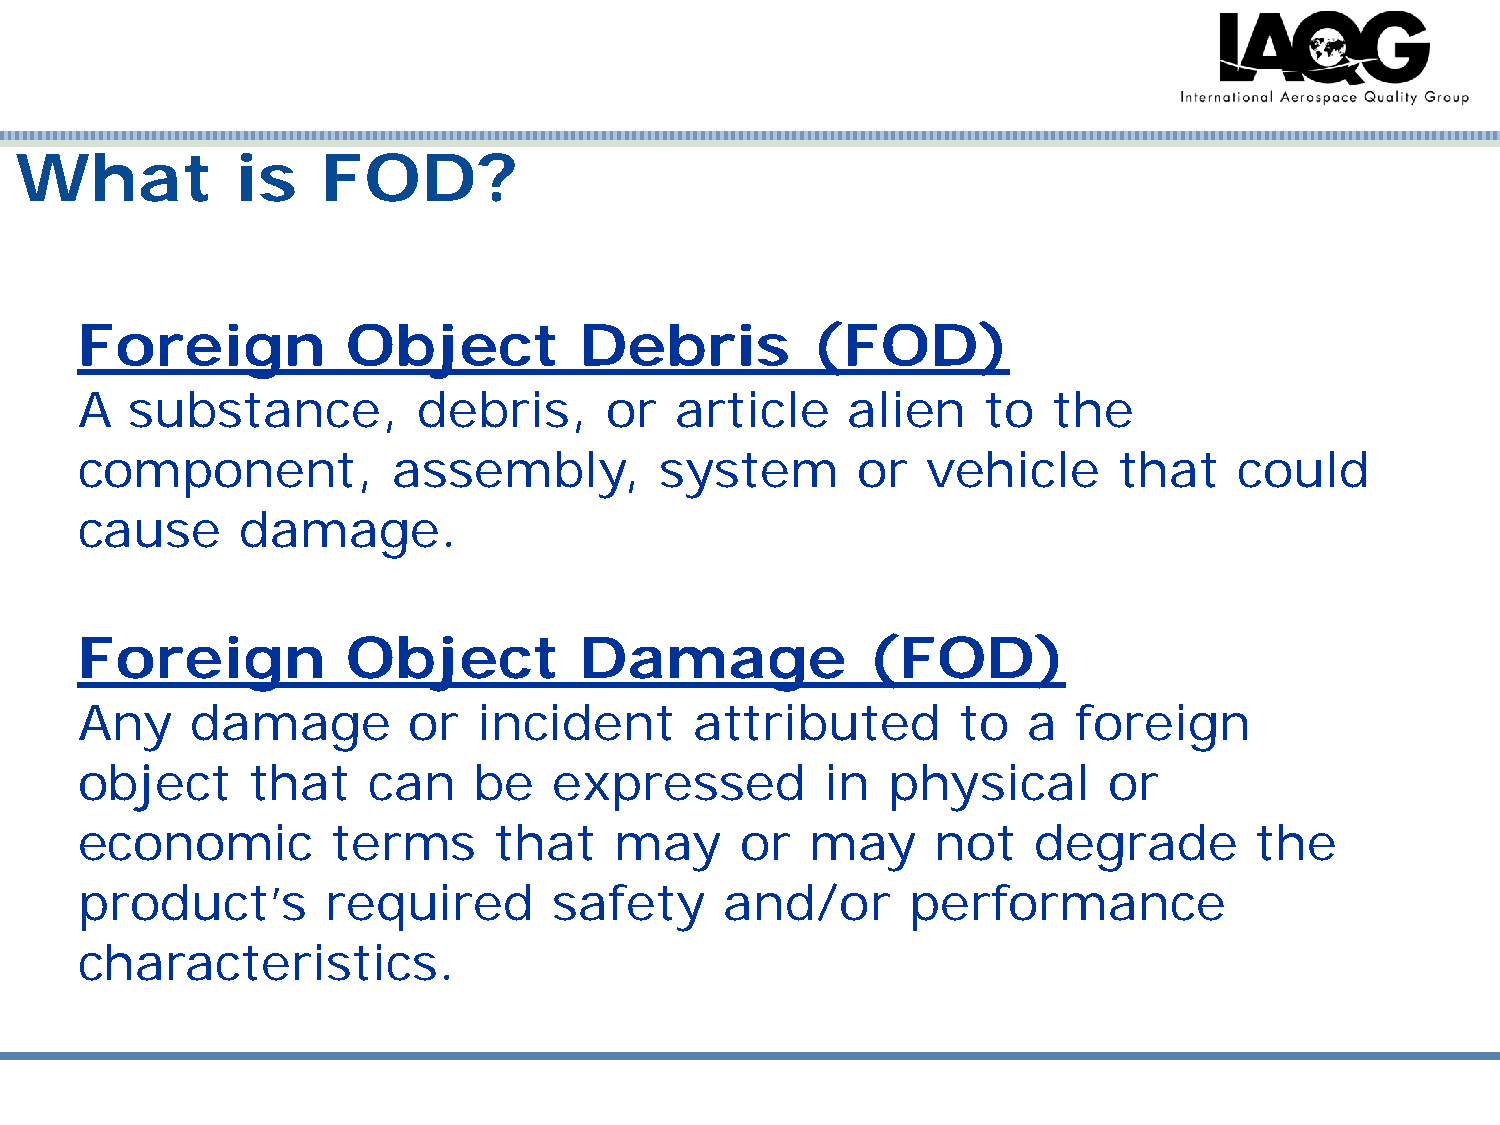
What           is   FOD?
 Foreign           Object         Debris          (FOD)
 A   substance,         debris,     or   article    alien    to   the
 component,           assembly,         system       or  vehicle      that    could
 cause      damage.
 Foreign           Object         Damage             (FOD)
 Any     damage        or   incident      attributed        to  a  foreign
 object      that   can    be    expressed         in  physical      or
 economic         terms      that    may     or   may     not    degrade       the
 product’s        required       safety     and/or      performance
 characteristics.